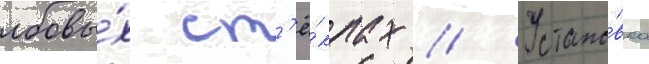
лобовы́х ст'ё́клах // Устано́вка